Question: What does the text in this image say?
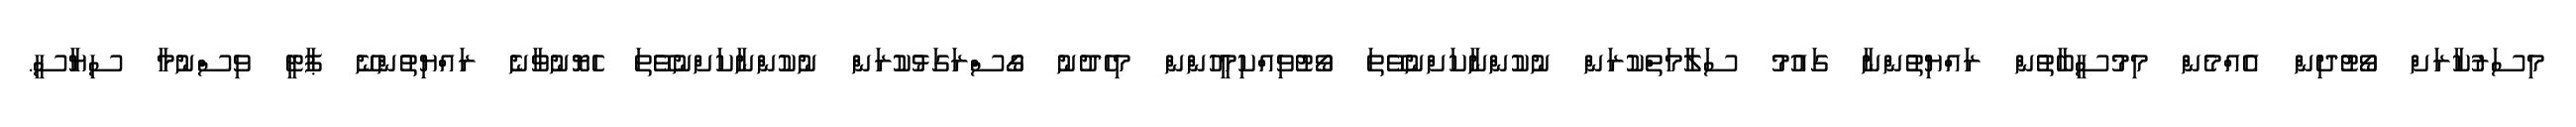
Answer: މިސަރުކާރަށް ވޯޓުދިން އެއްމެން މިމުސީބާތުން ރައްޔިތުންނާ ގައުމު ސަލާމަތްކުރަން ނުކުންނާކަށްނުވޭތަ ވޯޓުވިއްކިމީހުންން މިހެދުނު ގޯސްރަގަޅުކުރަން ނުކުންނާކަށްނުވޭތަ ހެޔޮނުވާނެ ރައްޔިތުންނޭ ޕާޓީ ވިސްނުމާ ސިޔާސީ.